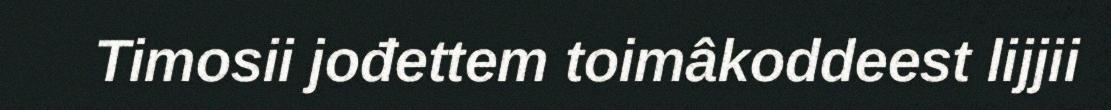
Timosii jođettem toimâkoddeest lijjii